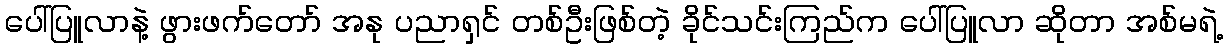
ပေါ်ပြူလာနဲ့ ဖွားဖက်တော် အနု ပညာရှင် တစ်ဦးဖြစ်တဲ့ ခိုင်သင်းကြည်က ပေါ်ပြူလာ ဆိုတာ အစ်မရဲ့